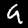
Label: 9